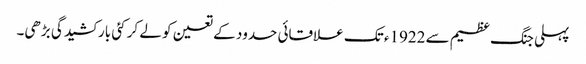
پہلی جنگ عظیم سے 1922ء تک علاقائی حدود کے تعین کو لے کر کئی بار کشیدگی بڑھی۔